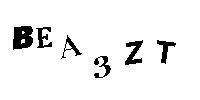
BEA3ZT